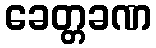
ခေတ္တခဏ